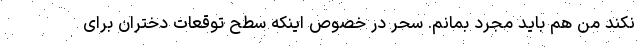
نکند من هم باید مجرد بمانم. سحر در خصوص اینکه سطح توقعات دختران برای